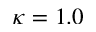
\kappa = 1 . 0